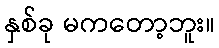
နှစ်ခု မကတော့ဘူး။